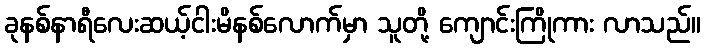
ခုနစ်နာရီလေးဆယ့်ငါးမိနစ်လောက်မှာ သူတို့ ကျောင်းကြိုကား လာသည်။